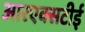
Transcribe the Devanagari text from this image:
आरएक्सटीई